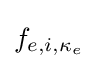
f_{e,i,\mathbf {\kappa } _{e}}